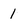
Character: 1